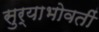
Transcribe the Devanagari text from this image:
सुर्याभोवतीं